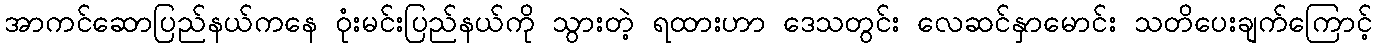
အာကင်ဆောပြည်နယ်ကနေ ဝုံးမင်းပြည်နယ်ကို သွားတဲ့ ရထားဟာ ဒေသတွင်း လေဆင်နှာမောင်း သတိပေးချက်ကြောင့်